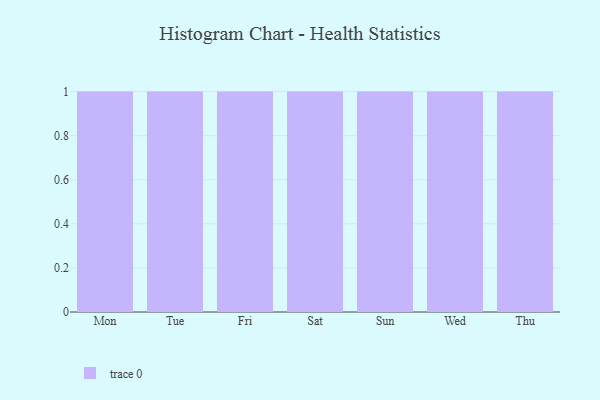
{"axis": {"x": "Day", "y": "Churn Rate (%)"}, "legend": [""], "data": [{"x": "Mon", "y": 36, "type": ""}, {"x": "Tue", "y": 82, "type": ""}, {"x": "Fri", "y": 100, "type": ""}, {"x": "Sat", "y": 51, "type": ""}, {"x": "Sun", "y": 86, "type": ""}, {"x": "Wed", "y": 98, "type": ""}, {"x": "Thu", "y": 23, "type": ""}]}